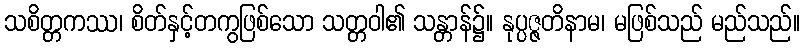
သစိတ္တကဿ၊ စိတ်နှင့်တကွဖြစ်သော သတ္တဝါ၏ သန္တာန်၌။ နုပ္ပဇ္ဇတိနာမ၊ မဖြစ်သည် မည်သည်။